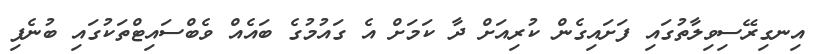
އިނގިރޭސިވިލާތުގައި ފަށައިގެން ކުރިއަށް ދާ ކަމަށް އެ ގައުމުގެ ބައެއް ވެބްސައިޓްތަކުގައި ބުނެފި